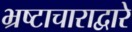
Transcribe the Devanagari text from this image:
भ्रष्टाचाराद्वारे